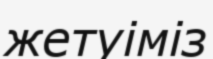
жетуіміз